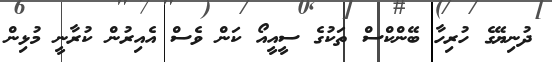
ދުނިޔޭގެ ހުރިހާ ބޭންކްސް ތަކުގެ ސީއީއޯ ކަން ވެސް އެއިރުން ކުރާނީ މުޅިން